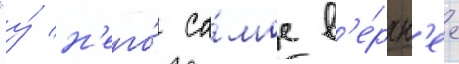
"у́ н'его́ са́мое в'е́рхн'ее